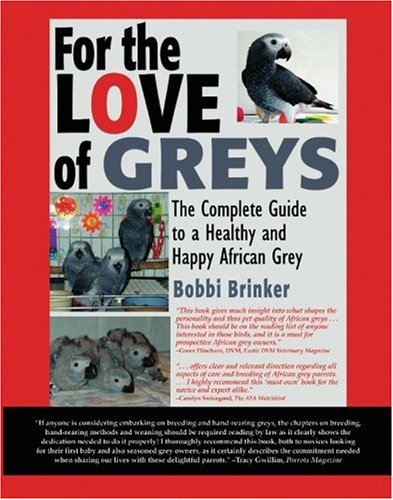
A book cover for For the Love of Greys; Bobbi Brinker; Crafts, Hobbies & Home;